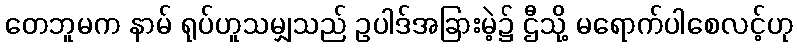
တေဘူမက နာမ် ရုပ်ဟူသမျှသည် ဥပါဒ်အခြားမဲ့၌ ဌီသို့ မရောက်ပါစေလင့်ဟု